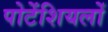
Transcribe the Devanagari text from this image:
पोटेंशियलों